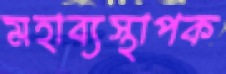
মহাব্যস্থাপক